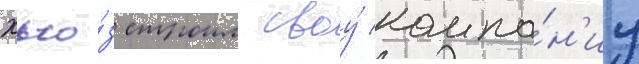
Хью́з строил своу́ компа́н'иу